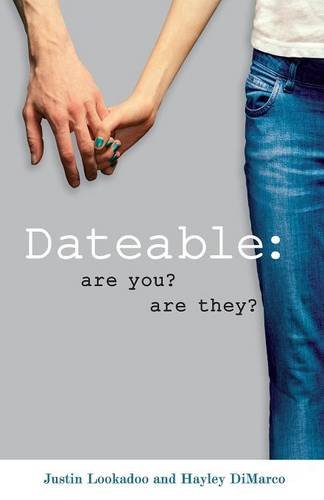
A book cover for Dateable: Are You? Are They?; Justin Lookadoo; Christian Books & Bibles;